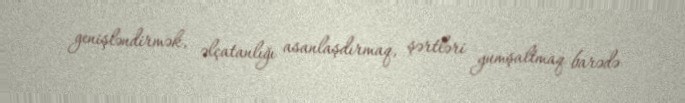
genişləndirmək, əlçatanlığı asanlaşdırmaq, şərtləri yumşaltmaq barədə